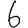
Digit: 6